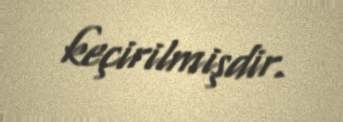
keçirilmişdir.